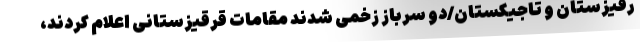
رقیزستان و تاجیکستان/دو سرباز زخمی شدند مقامات قرقیزستانی اعلام کردند،